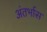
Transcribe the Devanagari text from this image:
अंतर्भास